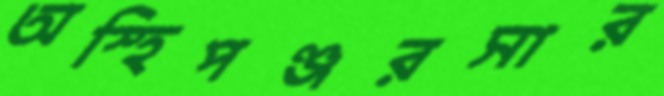
অস্হিপঞ্জরসার